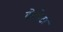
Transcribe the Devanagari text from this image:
बोरभेटा